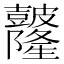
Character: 𥀼